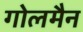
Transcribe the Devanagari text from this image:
गोलमैन